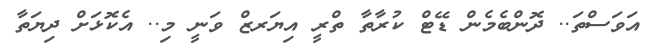
އަވަސްތަ.. ދޮންބެމެން ޑޭޓް ކުރާތާ ތްރީ އިޔަރޒް ވަނީ މި.. އެކޮޅަށް ދިޔަތާ